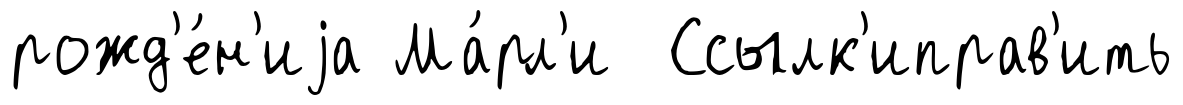
рожд'е́н'иjа Ма́рл'и Ссылк'иправ'ить